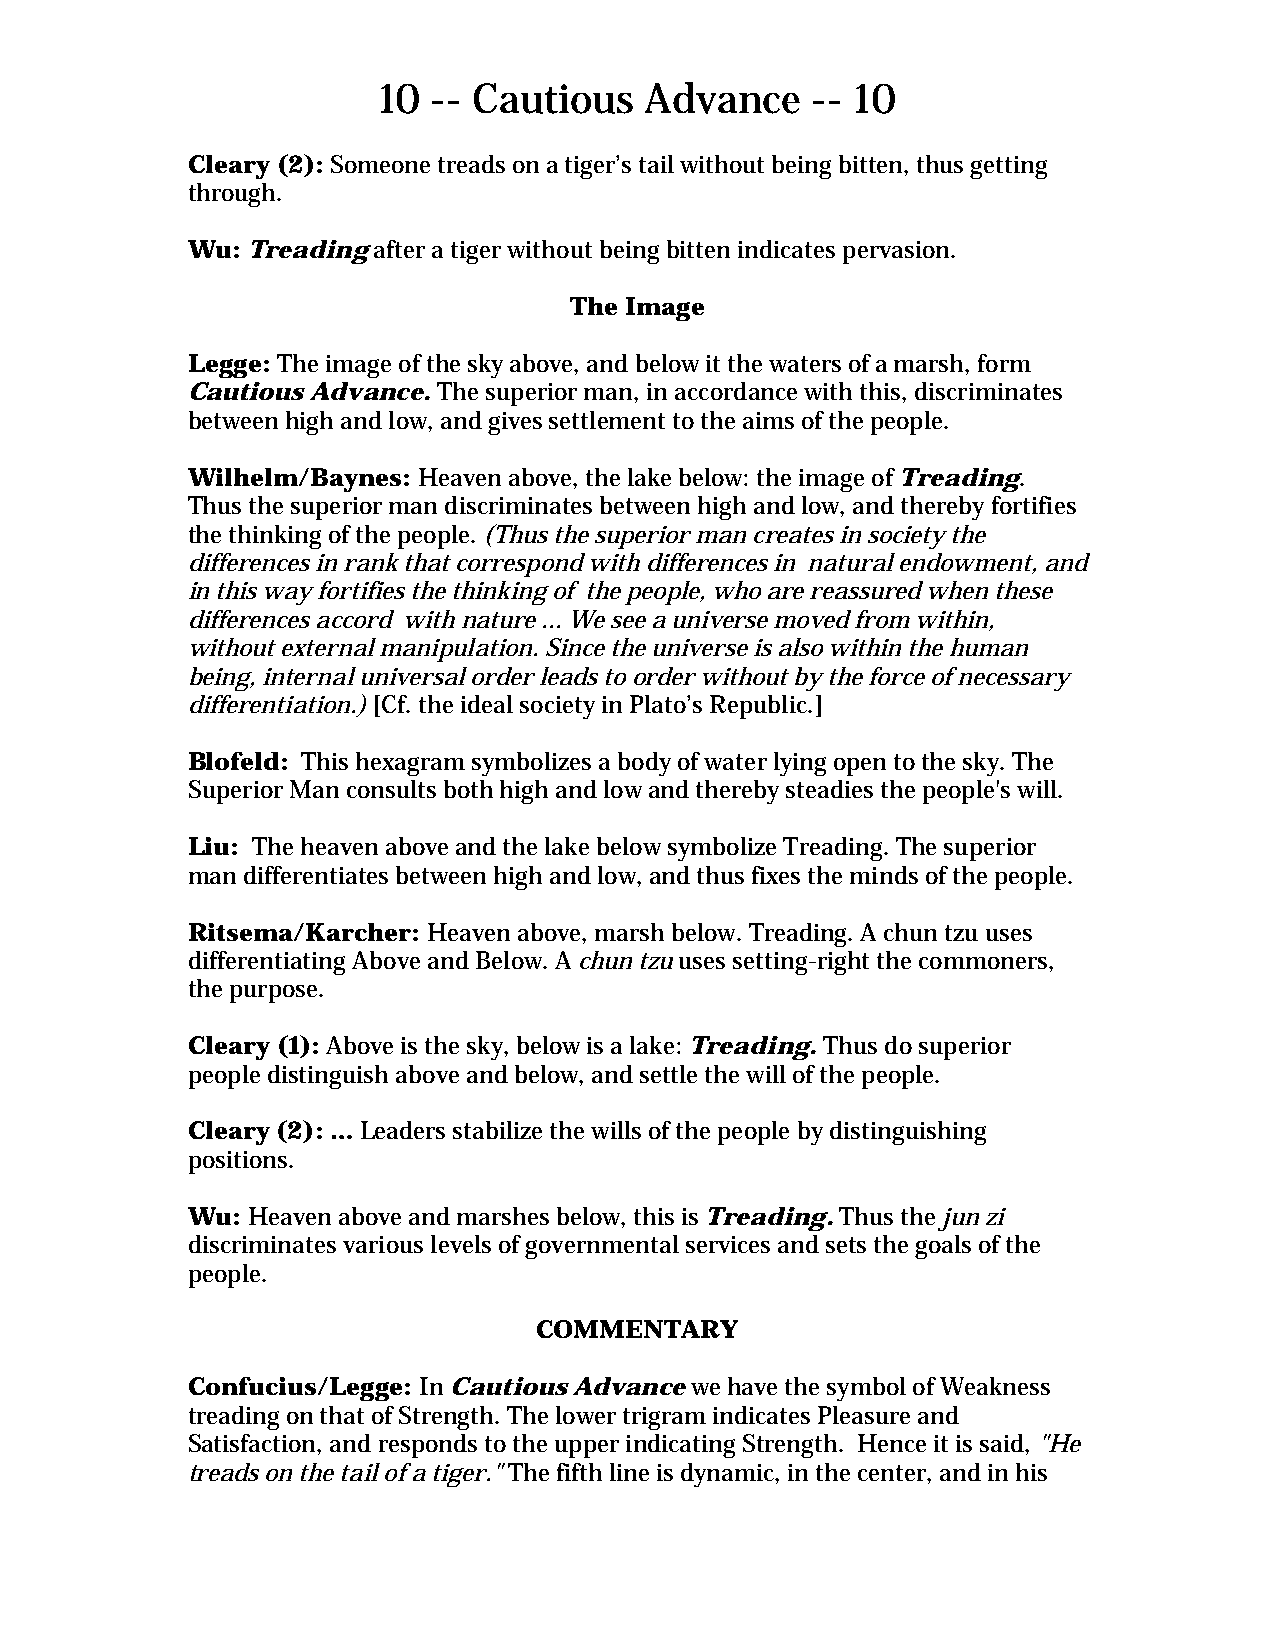
10  -- Cautious   Advance    -- 10
 Cleary (2): Someone treads on a tiger’s tail without being bitten, thus getting
 through.
 Wu: Treading after a tiger without being bitten indicates pervasion.
 The Image
 Legge: The image of the sky above, and below it the waters of a marsh, form
 Cautious Advance. The superior man, in accordance with this, discriminates
 between high and low, and gives settlement to the aims of the people.
 Wilhelm/Baynes: Heaven above, the lake below: the image of Treading.
 Thus the superior man discriminates between high and low, and thereby fortifies
 the thinking of the people. (Thus the superior man creates in society the
 differences in rank that correspond with differences in natural endowment, and
 in this way fortifies the thinking of the people, who are reassured when these
 differences accord with nature ... We see a universe moved from within,
 without external manipulation. Since the universe is also within the human
 being, internal universal order leads to order without by the force of necessary
 differentiation.) [Cf. the ideal society in Plato’s Republic.]
 Blofeld: This hexagram symbolizes a body of water lying open to the sky. The
 Superior Man consults both high and low and thereby steadies the people's will.
 Liu: The heaven above and the lake below symbolize Treading. The superior
 man differentiates between high and low, and thus fixes the minds of the people.
 Ritsema/Karcher: Heaven above, marsh below. Treading. A chun tzu uses
 differentiating Above and Below. A chun tzu uses setting-right the commoners,
 the purpose.
 Cleary (1): Above is the sky, below is a lake: Treading. Thus do superior
 people distinguish above and below, and settle the will of the people.
 Cleary (2): … Leaders stabilize the wills of the people by distinguishing
 positions.
 Wu: Heaven above and marshes below, this is Treading. Thus the jun zi
 discriminates various levels of governmental services and sets the goals of the
 people.
 COMMENTARY
 Confucius/Legge: In Cautious Advance we have the symbol of Weakness
 treading on that of Strength. The lower trigram indicates Pleasure and
 Satisfaction, and responds to the upper indicating Strength. Hence it is said, "He
 treads on the tail of a tiger." The fifth line is dynamic, in the center, and in his